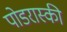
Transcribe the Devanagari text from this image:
पोडरास्की